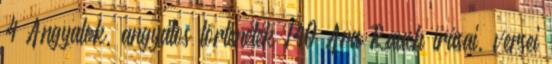
4 Angyalok, angyalos történetek 140 Ara Rauch írásai, versei